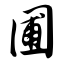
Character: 圃